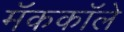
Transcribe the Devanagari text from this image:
मॅककॉले